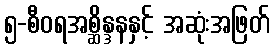
၅-စီဝရအစ္ဆိန္ဒနနှင့် အဆုံးအဖြတ်